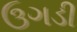
ઉગડી